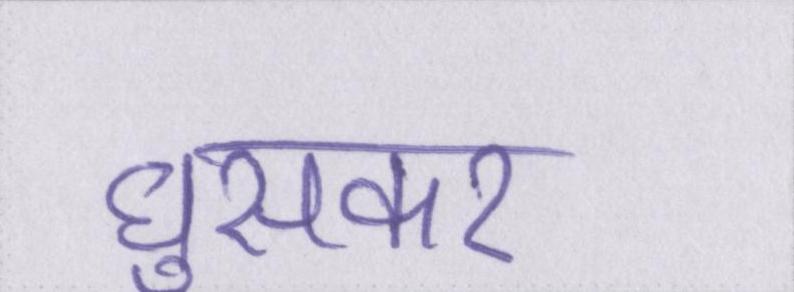
घुसकर